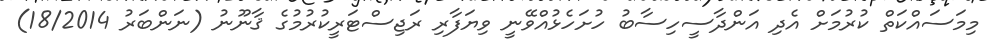
މިމަސައްކަތް ކުރުމަށް އެދި އަންދާސީހިސާބު ހުށަހެޅުއްވޭނީ ވިޔަފާރި ރަޖިސްޓަރީކުރުމުގެ ޤާނޫނު (ނަންބަރު 18/2014)